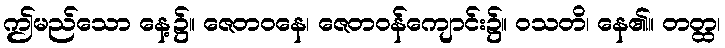
ဤမည်သော နေ့၌။ ဇေတဝနေ၊ ဇေတဝန်ကျောင်း၌။ ဝသတိ၊ နေ၏။ တတ္ထ၊